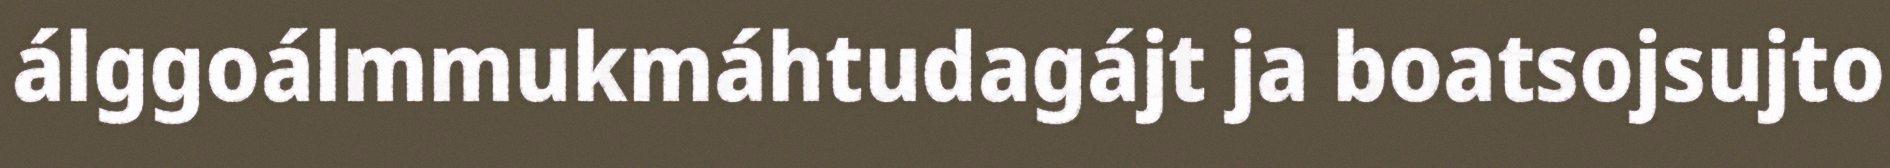
álggoálmmukmáhtudagájt ja boatsojsujto